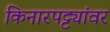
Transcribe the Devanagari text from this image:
किनारपट्ट्यांवर